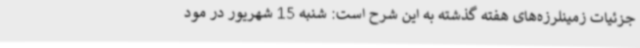
جزئیات زمینلرزه‌های هفته گذشته به این شرح است: شنبه 15 شهریور در مود